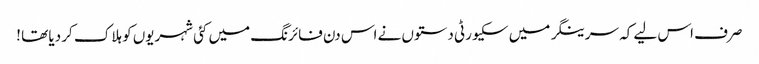
صرف اس لیے کہ سرینگر میں سکیورٹی دستوں نے اس دن فائرنگ میں کئی شہریوں کو ہلاک کر دیا تھا !